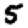
Digit: 5